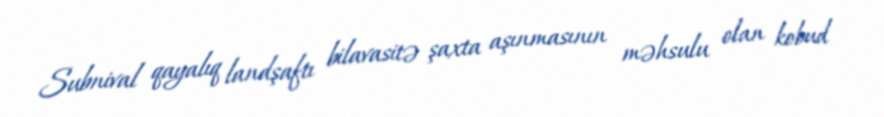
Subnival qayalıq landşaftı bilavasitə şaxta aşınmasının məhsulu olan kobud